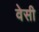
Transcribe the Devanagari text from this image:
वेसी